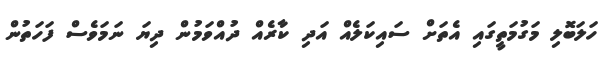
ހަލަބޮލި މަގުމަތީގައި އެތަށް ސައިކަލެއް އަދި ކާރެއް ދުއްވަމުން ދިޔަ ނަމަވެސް ފަހަތުން